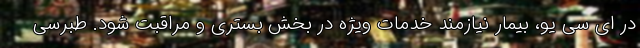
در ای سی یو، بیمار نیازمند خدمات ویژه در بخش بستری و مراقبت شود. طبرسی